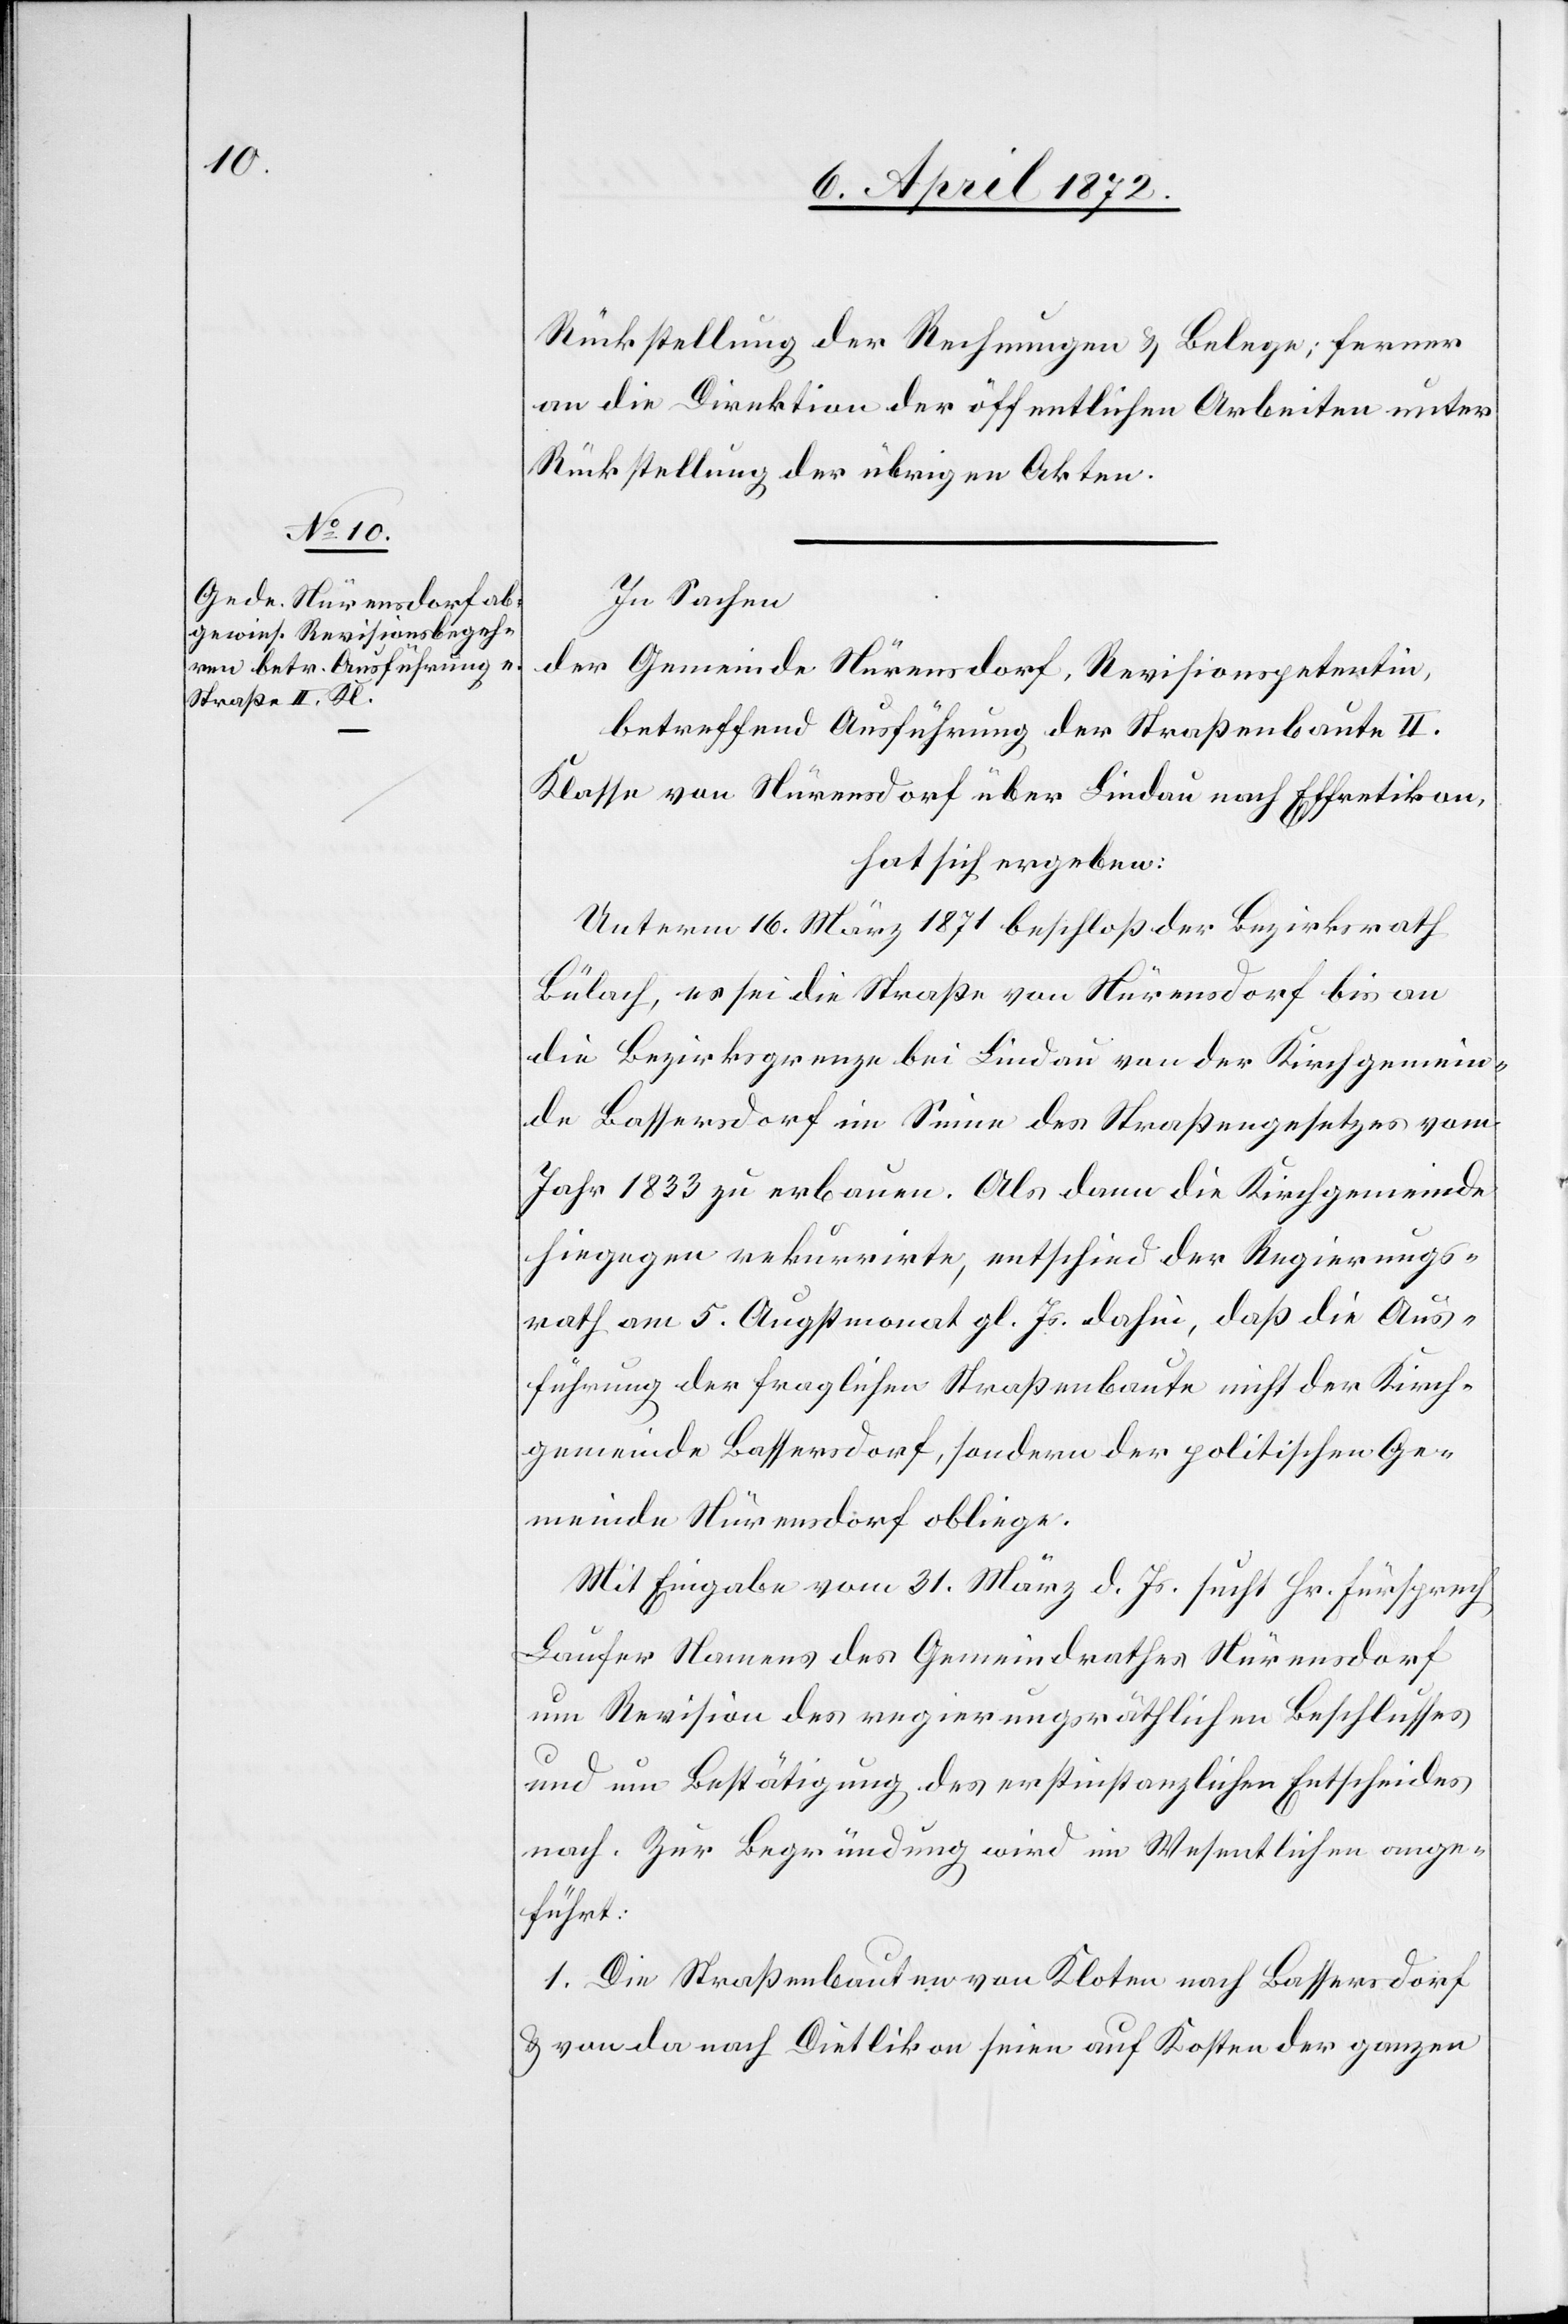
Rückstellung der Rechnungen u. Belege; ferner
an die Direktion der öffentlichen Arbeiten unter
Rückstellung der übrigen Akten.
In Sachen
der Gemeinde Nürensdorf, Revisionspetentin,
betreffend Ausführung der Straßenbaute II.
Klasse von Nürensdorf über Lindau nach Effretikon,
hat sich ergeben:
Unterm 16. März 1871 beschloß der Bezirksrath
Bülach, es sei die Straße von Nürensdorf bis an
die Bezirksgrenze bei Lindau von der Kirchgemein¬
de Bassersdorf im Sinne des Straßengesetzes vom
Jahr 1833 zu erbauen. Als dann die Kirchgemeinde
hiegegen rekurrirte, entschied der Regierungs¬
rath am 5. Augstmonat gl. Js. dahin, daß die Aus¬
führung der fraglichen Straßenbaute nicht der Kirch¬
gemeinde Bassersdorf, sondern der politischen Ge¬
meinde Nürensdorf obliege.
Mit Eingabe vom 31. März d. Js. sucht Hr. Fürsprech
Läufer Namens des Gemeindrathes Nürensdorf
um Revision des regierungsräthlichen Beschlusses
und um Bestätigung des erstinstanzlichen Entscheides
nach. Zur Begründung wird im Wesentlichen ange¬
führt:
1. Die Straßenbauten von Kloten nach Bassersdorf
u. von da nach Dietlikon seien auf Kosten der ganzen